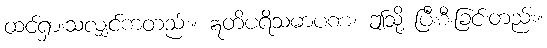
ထင်ရှားသလျှင်ကတည်း။ ဣတိပရိသမာပဏံ၊ ဤသို့ ပြီးစီးခြင်းတည်း။